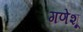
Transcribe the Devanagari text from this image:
गणेशू